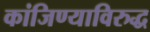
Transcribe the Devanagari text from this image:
कांजिण्याविरुद्ध